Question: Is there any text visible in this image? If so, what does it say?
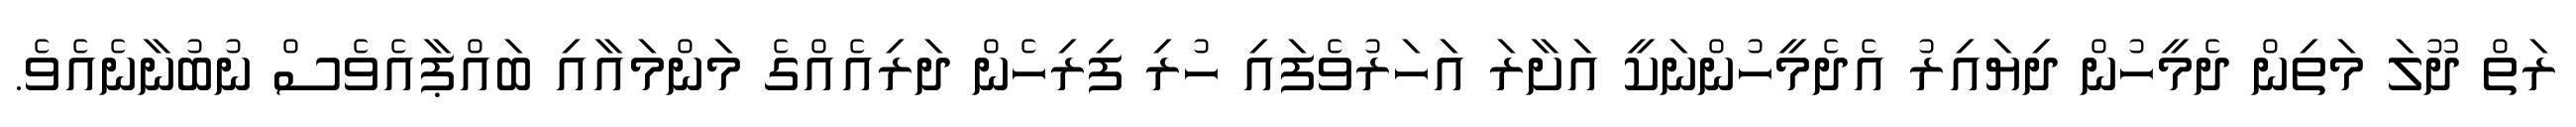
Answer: ރަތް ދޫލަ މަތިން ދެމީހުން ދިޔައިރު އެދެމީހުންނަކީ އަށާރަ އަހަރުވެފައި ހުރި ފިރިހެން ދަރިއެއްގެ މަންމައާއި ބައްޕާއެވެސް ނުބުނާނެއެވެ.